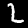
Digit: 2